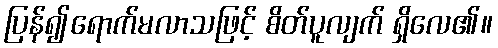
ပြန်၍ရောက်မလာသဖြင့် စိတ်ပူလျက် ရှိလေ၏။